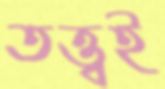
তত্ত্বই